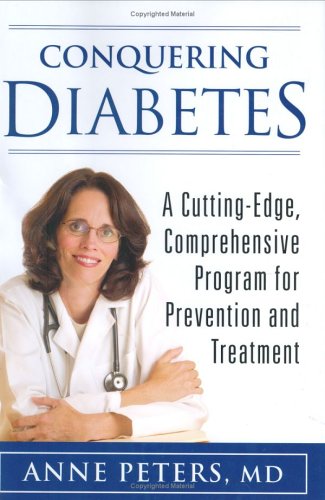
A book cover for Conquering Diabetes: A Cutting-Edge, Comprehensive Program for Prevention and Treatment; Anne Peters; Health, Fitness & Dieting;